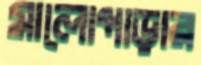
মালোপাড়ার